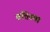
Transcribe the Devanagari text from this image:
बतिस्मा